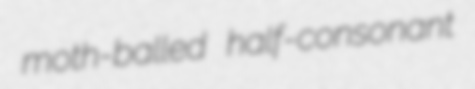
moth-balled half-consonant